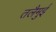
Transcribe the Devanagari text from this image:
तलैमुई